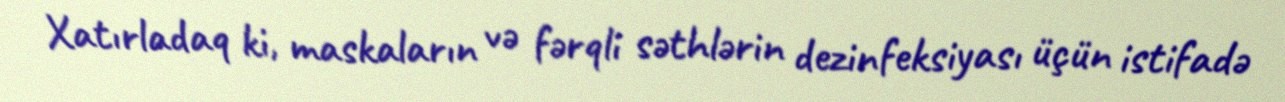
Xatırladaq ki, maskaların və fərqli səthlərin dezinfeksiyası üçün istifadə